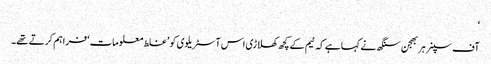
‘
آف سپنر ہربھجن سنگھ نے کہا ہے کہ ٹیم کے کچھ کھلاڑی اس آسٹریلوی کو ’غلط معلومات‘ فراہم کرتے تھے۔